Vaccination in Bombay 1869-1873 - 1869-1873
Year: 1869
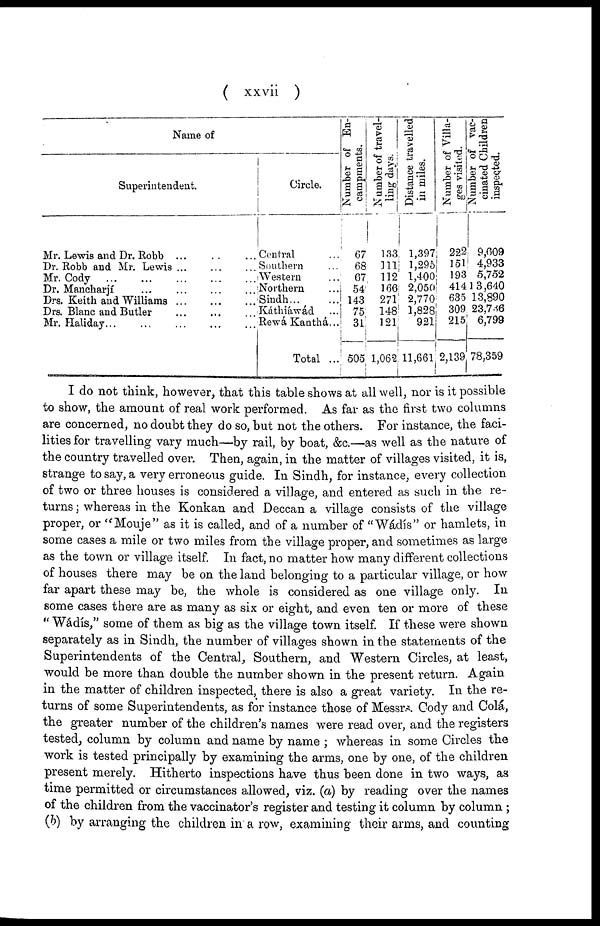
( xxvii )
Name of
Superintendent.
Mr. Lewis and Dr. Robb ... ... ...
Dr. Robb and Mr. Lewis ... ... ...
Mr. Cody
...
...
...
...
...
Dr. Mancharjí
... ... ... ...
Drs. Keith and Williams...
...
...
Drs. Blanc and Butler ... ... ...
Mr.
Haliday...
...
...
...
...
Circle.
Contral ...
Southern ...
Western ...
Northern ...
Sindh...
...
Káthiáwád ...
Rewá Kanthá...
Total ...
Nu mb e r of En-
campments.
67
68
67
54
143
75
31
505
Number of travel-
ling days.
133
111
112
166
271
148
121
1,062
Distance travelled
in miles.
1,397
1,295
1,400
2,050
2,770
1,828
921
11,661
Number of Villa¬
ges visited.
222
151
193
414
635
309
215
2,139
Number of vac¬
cinated Children
inspected.
9,609
4,933
5,752
13,640
13,890
23,736
6,799
78,359
I do not think, however, that this table shows at all well, nor is it possible
to show, the amount of real work performed. As far as the first two columns
are concerned, no doubt they do so, but not the others. For instance, the faci-
lities for travelling vary much—by rail, by boat, &c.—as well as the nature of
the country travelled over. Then, again, in the matter of villages visited, it is,
strange to say, a very erroneous guide. In Sindh, for instance, every collection
of two or three houses is considered a village, and entered as such in the re-
turns ; whereas in the Konkan and Deccan a village consists of the village
proper, or " Mouje" as it is called, and of a number of "Wádís" or hamlets, in
some cases a mile or two miles from the village proper, and sometimes as large
as the town or village itself. In fact, no matter how many different collections
of houses there may be on the land belonging to a particular village, or how
far apart these may be, the whole is considered as one village only. In
some cases there are as many as six or eight, and even ten or more of these
" Wádís," some of them as big as the village town itself. If these were shown
separately as in Sindh, the number of villages shown in the statements of the
Superintendents of the Central, Southern, and Western Circles, at least,
would be more than double the number shown in the present return. Again
in the matter of children inspected, there is also a great variety. In the re-
turns of some Superintendents, as for instance those of Messrs. Cody and Colá,
the greater number of the children's names were read over, and the registers
tested, column by column and name by name ; whereas in some Circles the
work is tested principally by examining the arms, one by one, of the children
present merely. Hitherto inspections have thus been done in two ways, as
time permitted or circumstances allowed, viz. (a) by reading over the names
of the children from the vaccinator's register and testing it column by column ;
(b) by arranging the children in a row, examining their arms, and counting